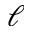
\ell